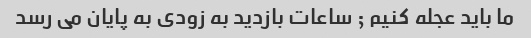
ما باید عجله کنیم ; ساعات بازدید به زودی به پایان می رسد